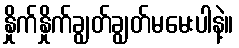
နှိုက်နှိုက်ချွတ်ချွတ်မမေးပါနဲ့။